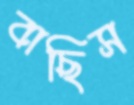
বাছিস